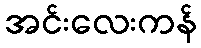
အင်းလေးကန်